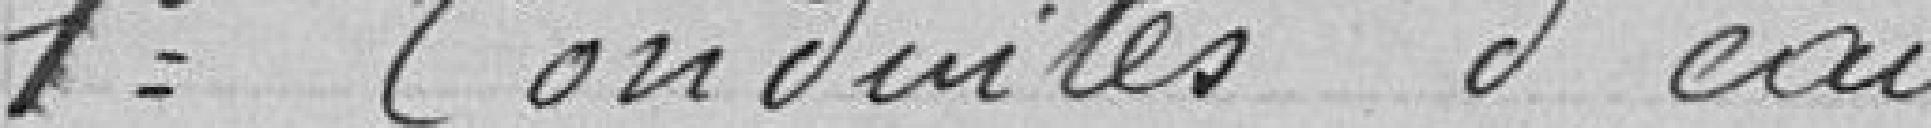
1° Conduite d'eau